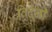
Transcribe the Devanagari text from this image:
बिंदूंनी